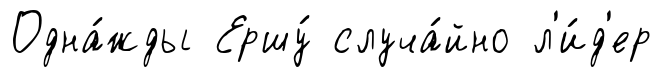
Одна́жды Ершу́ случа́йно л'и́д'ер